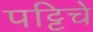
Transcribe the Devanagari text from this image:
पट्टिचे